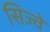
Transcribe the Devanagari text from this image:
सिज्वे